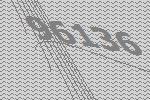
96136